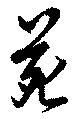
苑